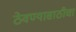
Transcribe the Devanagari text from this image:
ठेवण्यासाठीचा